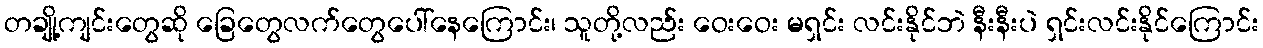
တချို့ကျင်းတွေဆို ခြေတွေလက်တွေပေါ်နေကြောင်း၊ သူတို့လည်း ဝေးဝေး မရှင်း လင်းနိုင်ဘဲ နီးနီးပဲ ရှင်းလင်းနိုင်ကြောင်း